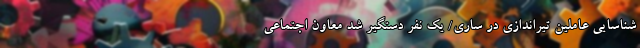
شناسایی عاملین تیراندازی در ساری/ یک نفر دستگیر شد معاون اجتماعی